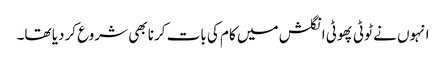
انہوں نے ٹوٹی پھوٹی انگلش میں کام کی بات کرنا بھی شروع کردیا تھا۔